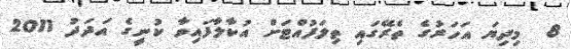
8  މިދިޔަ އަހަރުގެ ތެރޭގައި ތިލަފުއްޓަށް އުކާލާފައިވާ ކުނީގެ އަދަދު 2011